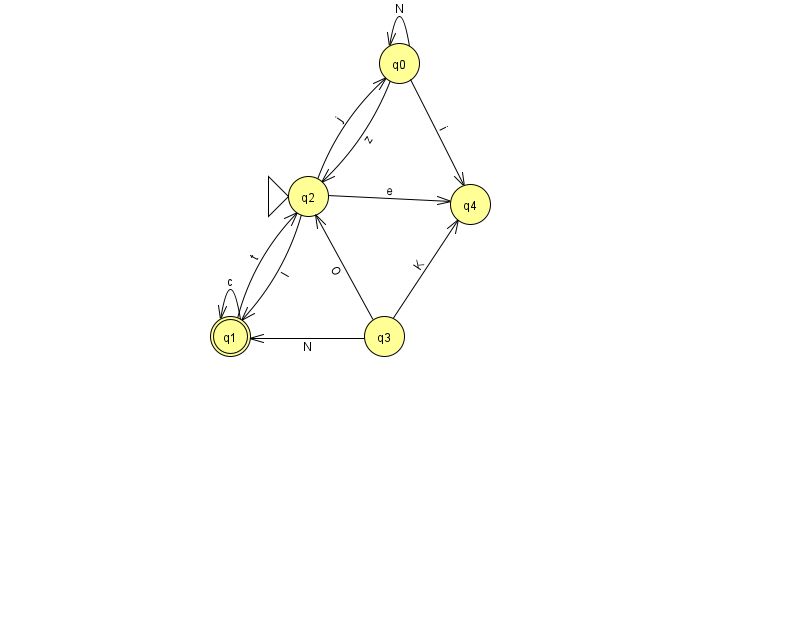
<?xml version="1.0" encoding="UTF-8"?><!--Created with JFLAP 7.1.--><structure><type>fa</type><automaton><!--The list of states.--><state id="0" name="q0"><x>399.0</x><y>50.0</y></state><state id="1" name="q1"><x>230.0</x><y>323.0</y><final/></state><state id="2" name="q2"><x>308.0</x><y>183.0</y><initial/></state><state id="3" name="q3"><x>384.0</x><y>323.0</y></state><state id="4" name="q4"><x>470.0</x><y>191.0</y></state><!--The list of transitions.--><transition><from>3</from><to>4</to><read>K</read></transition><transition><from>3</from><to>1</to><read>N</read></transition><transition><from>1</from><to>1</to><read>c</read></transition><transition><from>0</from><to>2</to><read>z</read></transition><transition><from>2</from><to>0</to><read>j</read></transition><transition><from>2</from><to>1</to><read>I</read></transition><transition><from>1</from><to>2</to><read>t</read></transition><transition><from>0</from><to>4</to><read>i</read></transition><transition><from>0</from><to>0</to><read>N</read></transition><transition><from>2</from><to>4</to><read>e</read></transition><transition><from>3</from><to>2</to><read>O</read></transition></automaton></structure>